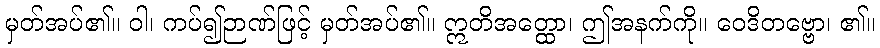
မှတ်အပ်၏။ ဝါ၊ ကပ်၍ဉာဏ်ဖြင့် မှတ်အပ်၏။ ဣတိအတ္ထော၊ ဤအနက်ကို။ ဝေဒိတဗ္ဗော၊ ၏။